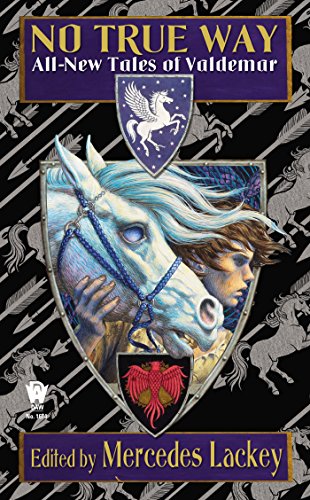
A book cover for No True Way: All-New Tales of Valdemar; Mercedes Lackey; Science Fiction & Fantasy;